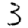
Digit: 3